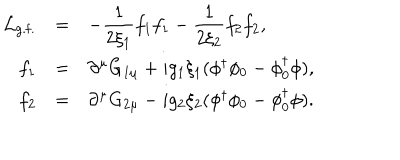
\begin{array} { r c l } { { { \cal L } _ { \mathrm { g . f . } } } } & { { = } } & { { \displaystyle - \frac { 1 } { 2 \xi _ { 1 } } f _ { 1 } f _ { 1 } - \frac { 1 } { 2 \xi _ { 2 } } f _ { 2 } f _ { 2 } , } } \\ { { f _ { 1 } } } & { { = } } & { { \partial ^ { \mu } G _ { 1 \mu } + i g _ { 1 } \xi _ { 1 } ( \phi ^ { \dagger } \phi _ { 0 } - \phi _ { 0 } ^ { \dagger } \phi ) , } } \\ { { f _ { 2 } } } & { { = } } & { { \partial ^ { \mu } G _ { 2 \mu } - i g _ { 2 } \xi _ { 2 } ( \phi ^ { \dagger } \phi _ { 0 } - \phi _ { 0 } ^ { \dagger } \phi ) . } } \\ \end{array}